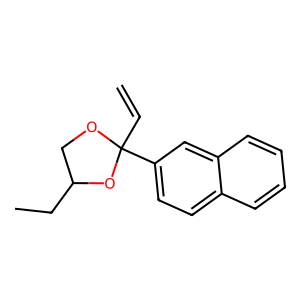
SMILES: C=CC1(c2ccc3ccccc3c2)OCC(CC)O1
Inhibits HIV replication: No